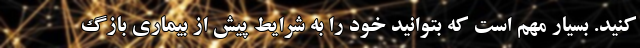
کنید. بسیار مهم است که بتوانید خود را به شرایط پیش از بیماری بازگ